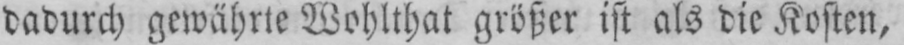
dadurch gewährte Wohlthat größer ist als die Kosten,